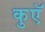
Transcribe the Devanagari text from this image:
कुएॅ